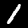
Label: 1